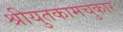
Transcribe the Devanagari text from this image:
श्रीयुतकामचुकार